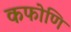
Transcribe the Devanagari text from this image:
कफोणि